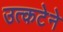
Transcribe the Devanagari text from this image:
उत्कटेने